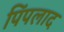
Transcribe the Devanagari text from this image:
पिंपलाद